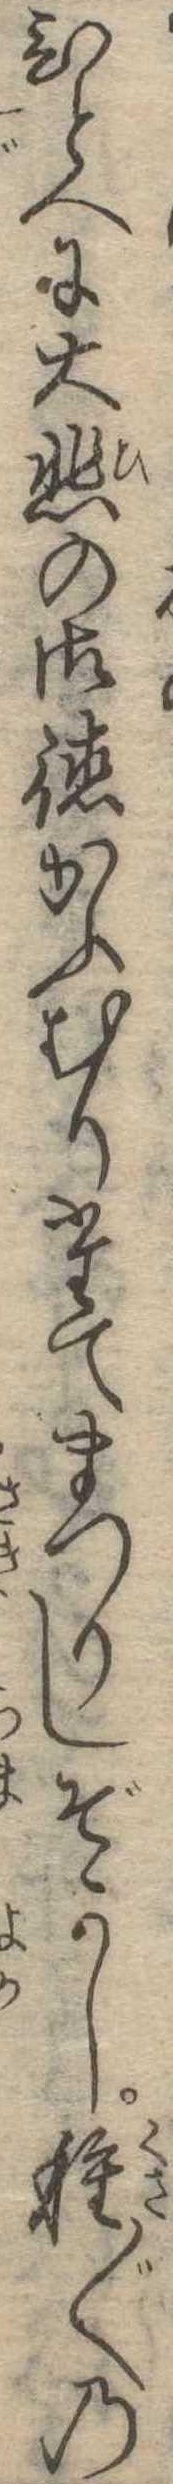
ひとへに大悲の御徳かふむりたてまつりしぞかし種〱の